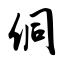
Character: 侗